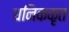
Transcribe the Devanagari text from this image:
धनिककृत